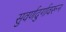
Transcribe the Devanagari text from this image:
सुवर्णदुर्गावरून